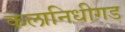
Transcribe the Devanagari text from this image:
कलानिधीगड